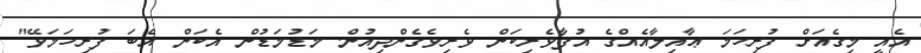
އެއީ މިގެއަށް ފުރިހަމަ ޢާއިލާއެއްގެ އުފާވެރިކަން ވެރިވެގެންދިއުން. މަޑުމަޑުން އެކަން އެބަ ފުރިހަމަވޭ"